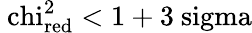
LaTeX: \mathrm{\ chi_{red}^{2}<1+3\ sigma}